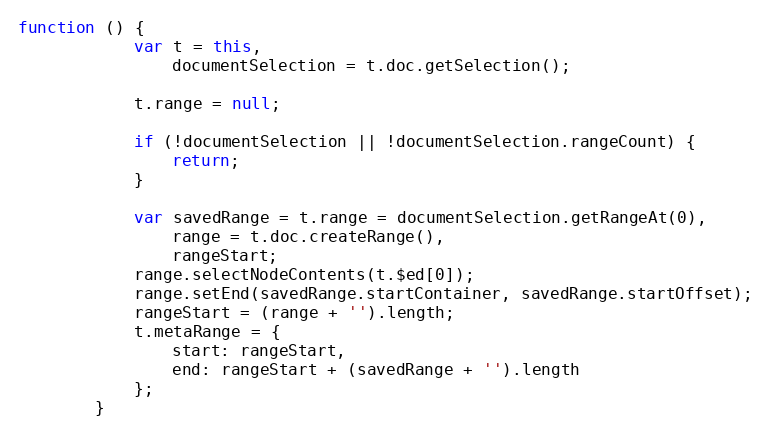
Language: JavaScript
function () {
            var t = this,
                documentSelection = t.doc.getSelection();

            t.range = null;

            if (!documentSelection || !documentSelection.rangeCount) {
                return;
            }

            var savedRange = t.range = documentSelection.getRangeAt(0),
                range = t.doc.createRange(),
                rangeStart;
            range.selectNodeContents(t.$ed[0]);
            range.setEnd(savedRange.startContainer, savedRange.startOffset);
            rangeStart = (range + '').length;
            t.metaRange = {
                start: rangeStart,
                end: rangeStart + (savedRange + '').length
            };
        }